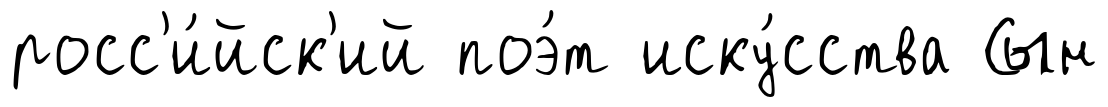
росс'и́йск'ий поэ́т иску́сства Сын